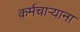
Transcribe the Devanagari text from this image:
कर्मचार्‍याना